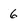
Character: 6